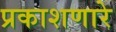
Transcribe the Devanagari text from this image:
प्रकाशणारे